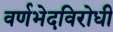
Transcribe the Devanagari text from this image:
वर्णभेदविरोधी